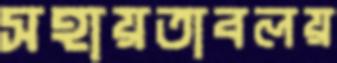
সহায়তাবলয়